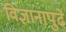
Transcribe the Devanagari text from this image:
विज्ञानापुढे